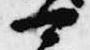
可